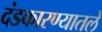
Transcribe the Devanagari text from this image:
दंडकारण्यातले